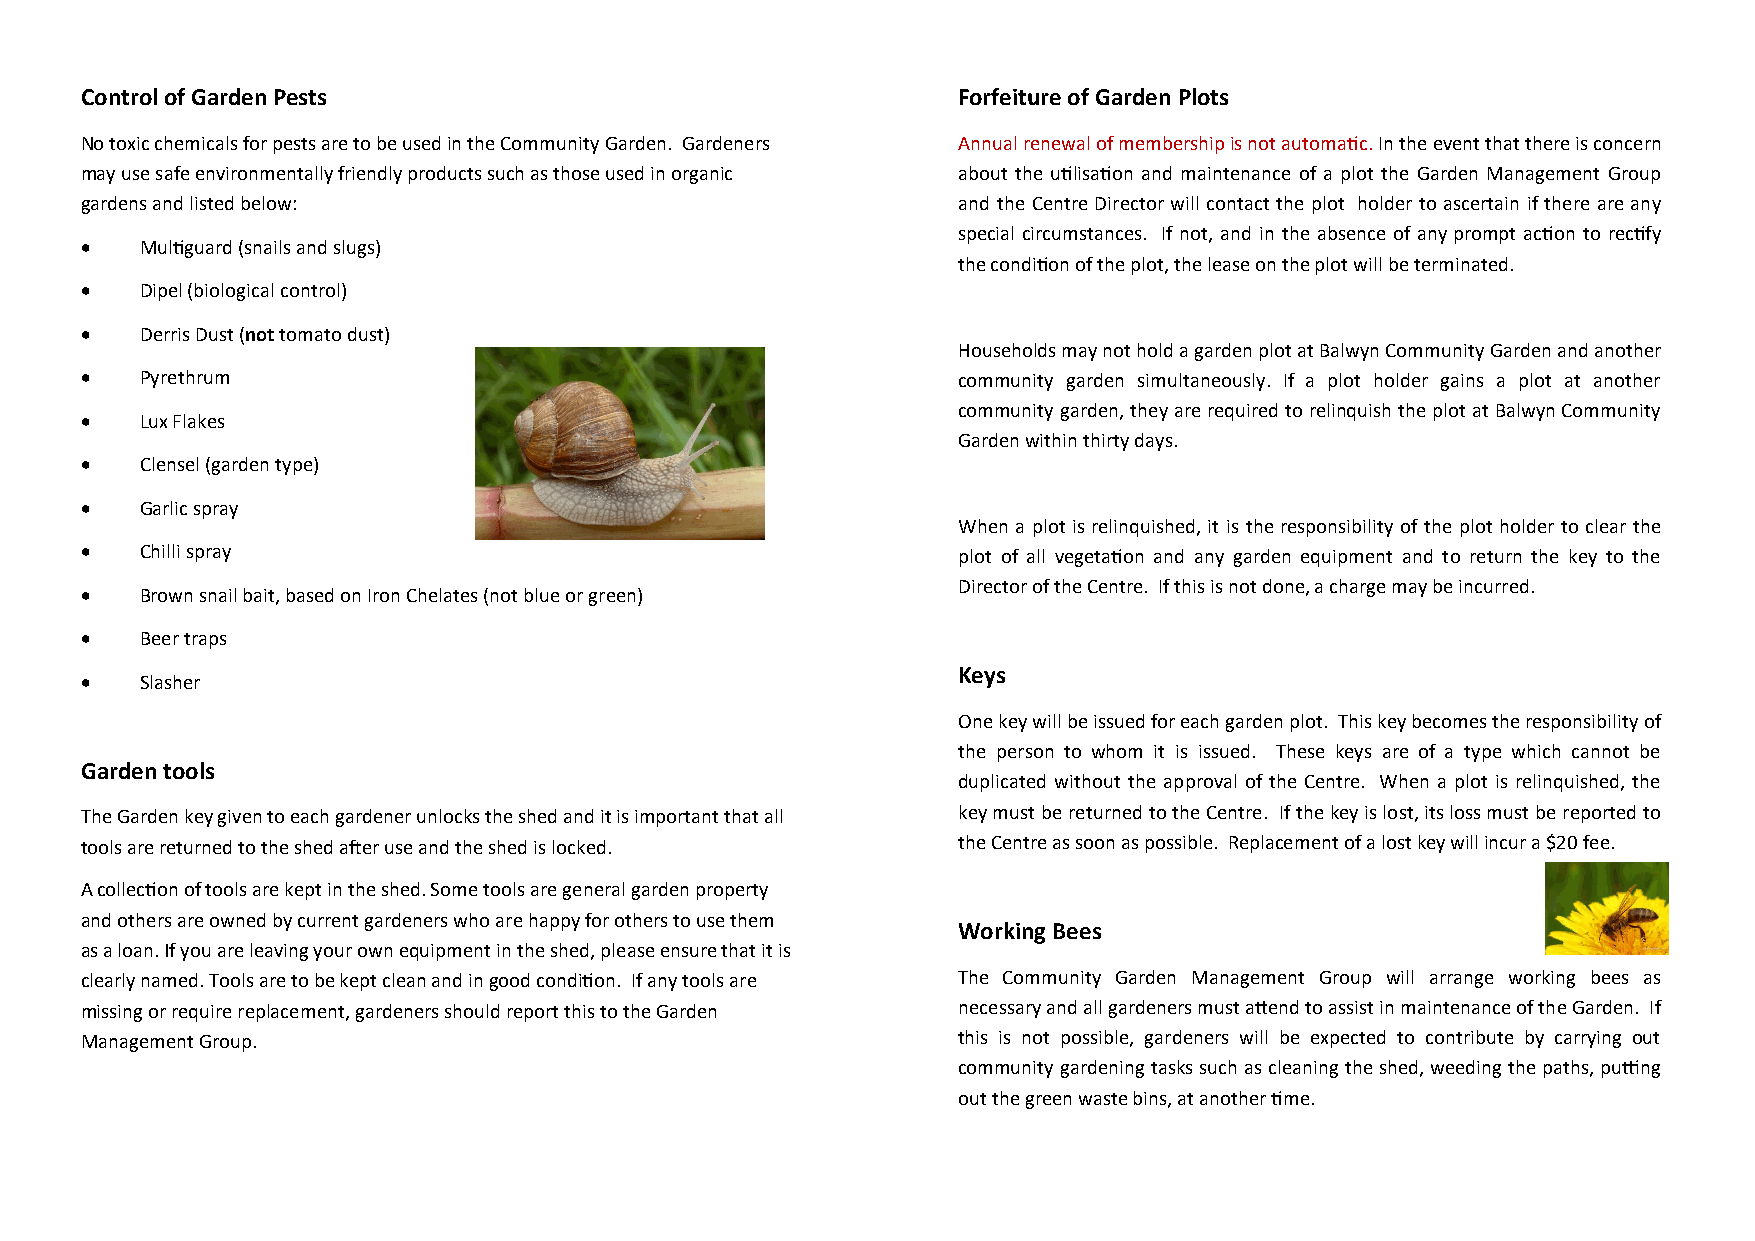
Control of Garden Pests                                   Forfeiture of Garden Plots
 No toxic chemicals for pests are to be used in the Community Garden. Gardeners Annual renewal of membership is not automatic. In the event that there is concern
 may use safe environmentally friendly products such as those used in organic about the utilisation and maintenance of a plot the Garden Management Group
 gardens and listed below:                                 and the Centre Director will contact the plot holder to ascertain if there are any
 special circumstances. If not, and in the absence of any prompt action to rectify
 •   Multiguard (snails and slugs)
 the condition of the plot, the lease on the plot will be terminated.
 •   Dipel (biological control)
 •   Derris Dust (not tomato dust)
 Households may not hold a garden plot at Balwyn Community Garden and another
 •   Pyrethrum                                             community garden simultaneously. If a plot holder gains a plot at another
 community garden, they are required to relinquish the plot at Balwyn Community
 •   Lux Flakes
 Garden within thirty days.
 •   Clensel (garden type)
 •   Garlic spray
 When a plot is relinquished, it is the responsibility of the plot holder to clear the
 •   Chilli spray                                          plot of all vegetation and any garden equipment and to return the key to the
 Director of the Centre. If this is not done, a charge may be incurred.
 •   Brown snail bait, based on Iron Chelates (not blue or green)
 •   Beer traps
 Keys
 •   Slasher
 One key will be issued for each garden plot. This key becomes the responsibility of
 the person to whom it is issued. These keys are of a type which cannot be
 Garden tools
 duplicated without the approval of the Centre. When a plot is relinquished, the
 The Garden key given to each gardener unlocks the shed and it is important that all key must be returned to the Centre. If the key is lost, its loss must be reported to
 tools are returned to the shed after use and the shed is locked. the Centre as soon as possible. Replacement of a lost key will incur a $20 fee.
 A collection of tools are kept in the shed. Some tools are general garden property
 and others are owned by current gardeners who are happy for others to use them
 Working Bees
 as a loan. If you are leaving your own equipment in the shed, please ensure that it is
 clearly named. Tools are to be kept clean and in good condition. If any tools are The Community Garden Management Group will arrange working bees as
 missing or require replacement, gardeners should report this to the Garden necessary and all gardeners must attend to assist in maintenance of the Garden. If
 Management Group.                                         this is not possible, gardeners will be expected to contribute by carrying out
 community gardening tasks such as cleaning the shed, weeding the paths, putting
 out the green waste bins, at another time.